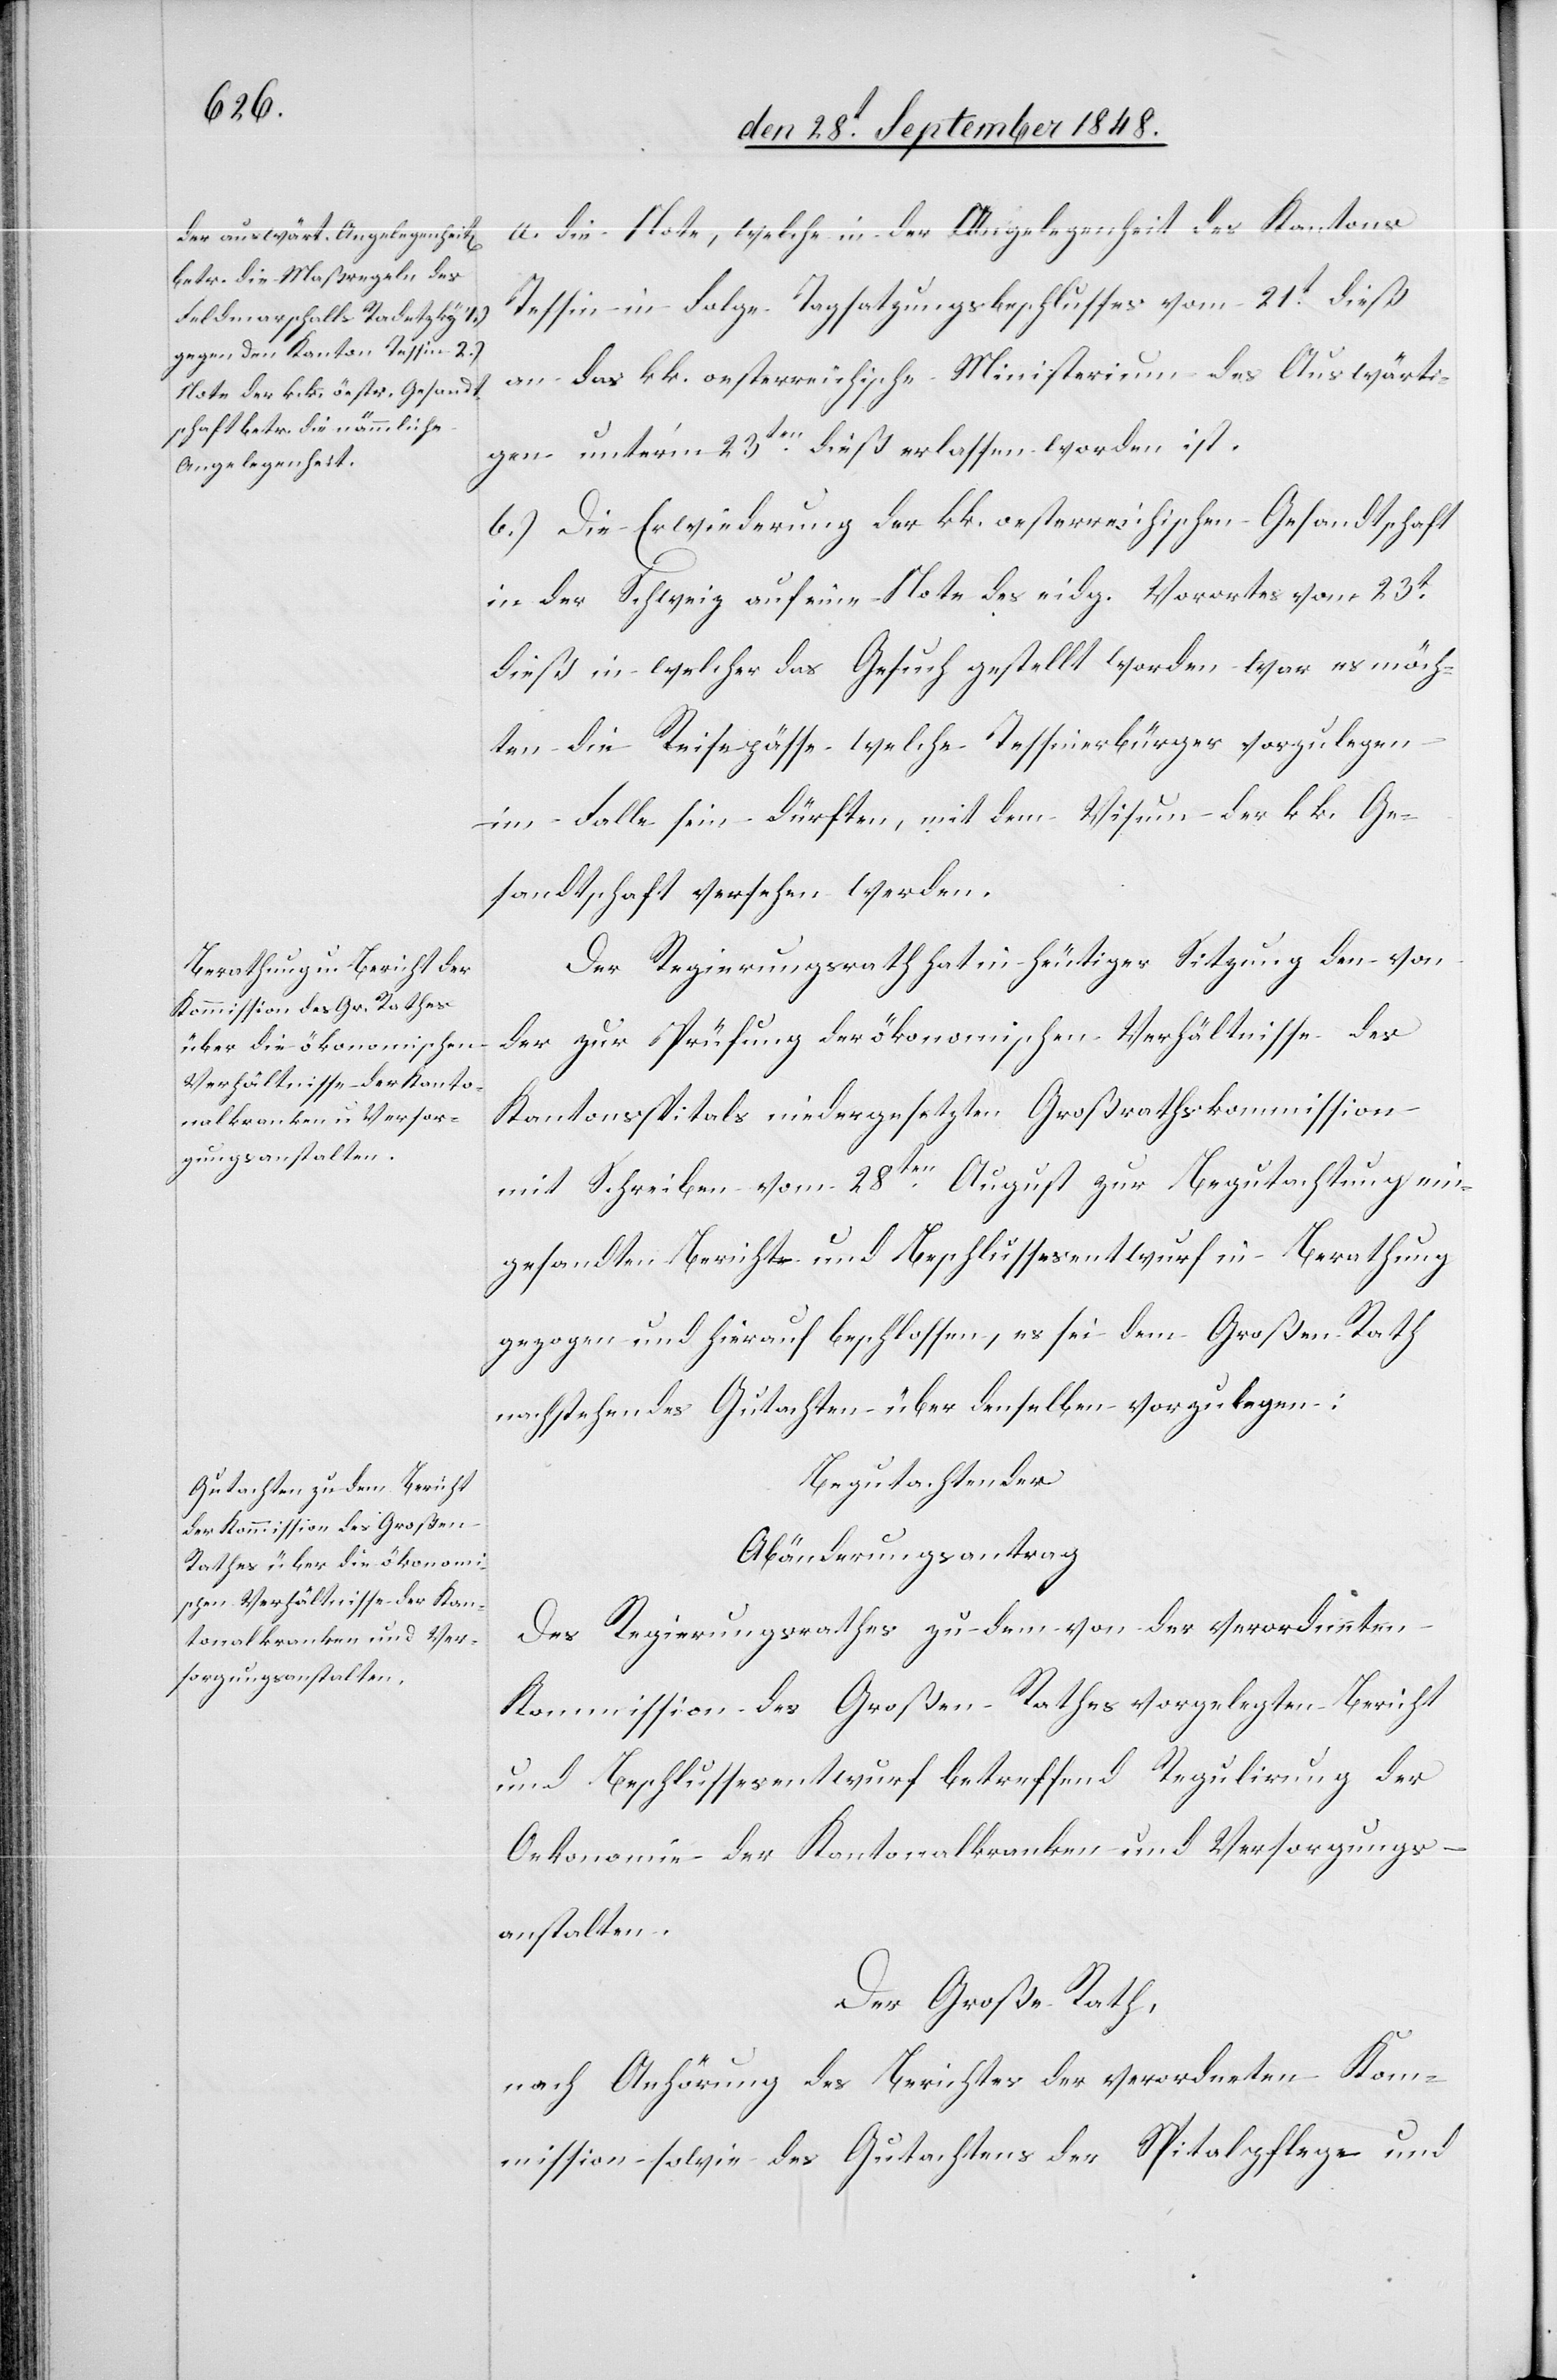
a. die Note, welche in der Angelegenheit des Kantons
Tessin in Folge Tagsatzungsbeschlusses vom 21t dieß
an das kk. oesterreichische Ministerium des Auswärti¬
gen unter’m 23ten dieß erlassen worden ist.
b.) Die Erwiederung der kk. oesterreichischen Gesandtschaft
in der Schweiz auf eine Note des eidg. Vorortes vom 23t
dieß in welcher das Gesuch gestellt worden war, es möch¬
ten die Reisepässe welche Tessinerbürger vorzulegen
im Falle sein dürften, mit dem Visum der kk. Ge¬
sandtschaft versehen werden.
Der Regierungsrath hat in heutiger Sitzung den von
der zur Prüfung der ökonomischen Verhältnisse des
Kantonsspitals niedergesetzten Großrathskommission
mit Schreiben vom 28ten August zur Begutachtung ein¬
gesandten Berichts und Beschlussesentwurf in Berathung
gezogen und hierauf beschlossen, es sei dem Großen Rath
nachstehendes Gutachten über denselben vorzulegen:
Begutachtender
Abänderungsantrag
Des Regierungsrathes zu dem von der verordneten
Kommission des Großen Rathes vorgelegten Bericht
und Beschlussesentwurf betreffend Regulirung der
Oekonomie der Kantonalkranken und Versorgungs¬
anstalten.
Der Große Rath,
nach Anhörung des Berichtes der verordneten Kom¬
mission sowie des Gutachtens der Spitalpflege und